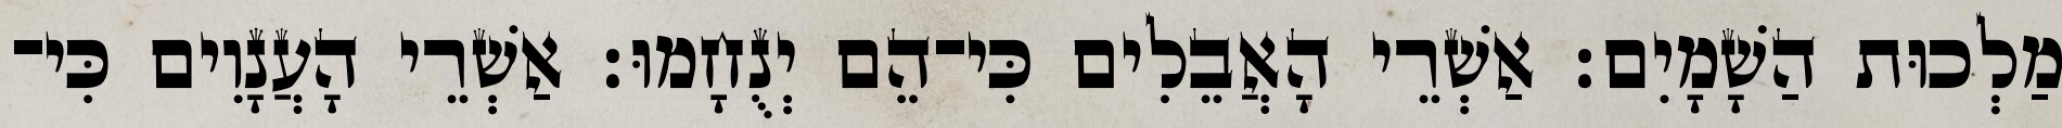
מַלְכוּת הַשָׁמָיִם׃ אַשְׁרֵי הָאֲבֵלִים כִּי־הֵם יְנֻחָמוּ׃ אַשְׁרֵי הָעֲנָוִים כִּי־